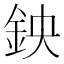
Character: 鉠